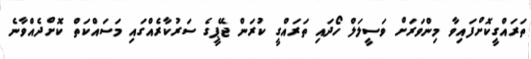
ތަރައްގީކޮށްފައިވާ މިންވަރަށް ވަސީލަލް ހޯދައި ތަރައްގީ ކުރަން ޖޭޕީގެ ސަރުކާރެއްގައި މަސައްކަތް ކޮށްދެއްވާނެ